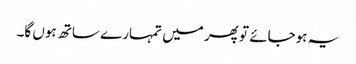
یہ ہوجائے تو پھر میں تمہارے ساتھ ہوں گا۔